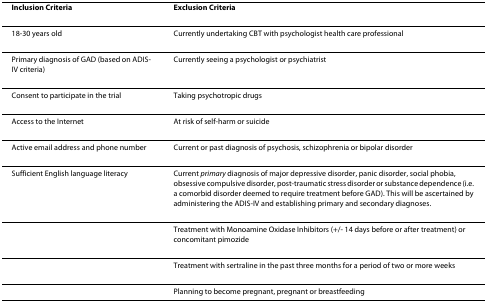
<table><thead><tr><td><b>Inclusion Criteria</b></td><td><b>Exclusion Criteria</b></td></tr></thead><tbody><tr><td>18-30 years old</td><td>Currently undertaking CBT with psychologist health care professional</td></tr><tr><td>Primary diagnosis of GAD (based on ADIS-IV criteria)</td><td>Currently seeing a psychologist or psychiatrist</td></tr><tr><td>Consent to participate in the trial</td><td>Taking psychotropic drugs</td></tr><tr><td>Access to the Internet</td><td>At risk of self-harm or suicide</td></tr><tr><td>Active email address and phone number</td><td>Current or past diagnosis of psychosis, schizophrenia or bipolar disorder</td></tr><tr><td>Sufficient English language literacy</td><td>Current <i>primary </i>diagnosis of major depressive disorder, panic disorder, social phobia, obsessive compulsive disorder, post-traumatic stress disorder or substance dependence (i.e. a comorbid disorder deemed to require treatment before GAD). This will be ascertained by administering the ADIS-IV and establishing primary and secondary diagnoses.</td></tr><tr><td></td><td>Treatment with Monoamine Oxidase Inhibitors (+/- 14 days before or after treatment) or concomitant pimozide</td></tr><tr><td></td><td>Treatment with sertraline in the past three months for a period of two or more weeks</td></tr><tr><td></td><td>Planning to become pregnant, pregnant or breastfeeding</td></tr></tbody></table>